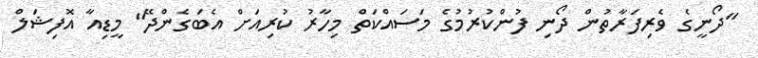
"ދޯނީގެ ވެރިފަރާތުން ދޯނި ފުންކުރުމުގެ މަސައްކަތް މިހާރު ކުރިއަށް އެބަގެންދޭ" މީޑިއާ އޮފިޝަލް